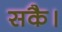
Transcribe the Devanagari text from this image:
सकै।